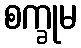
စက္ခုမ